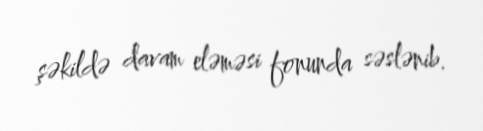
şəkildə davam eləməsi fonunda səslənib.